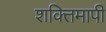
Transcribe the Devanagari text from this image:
शक्तिमापी